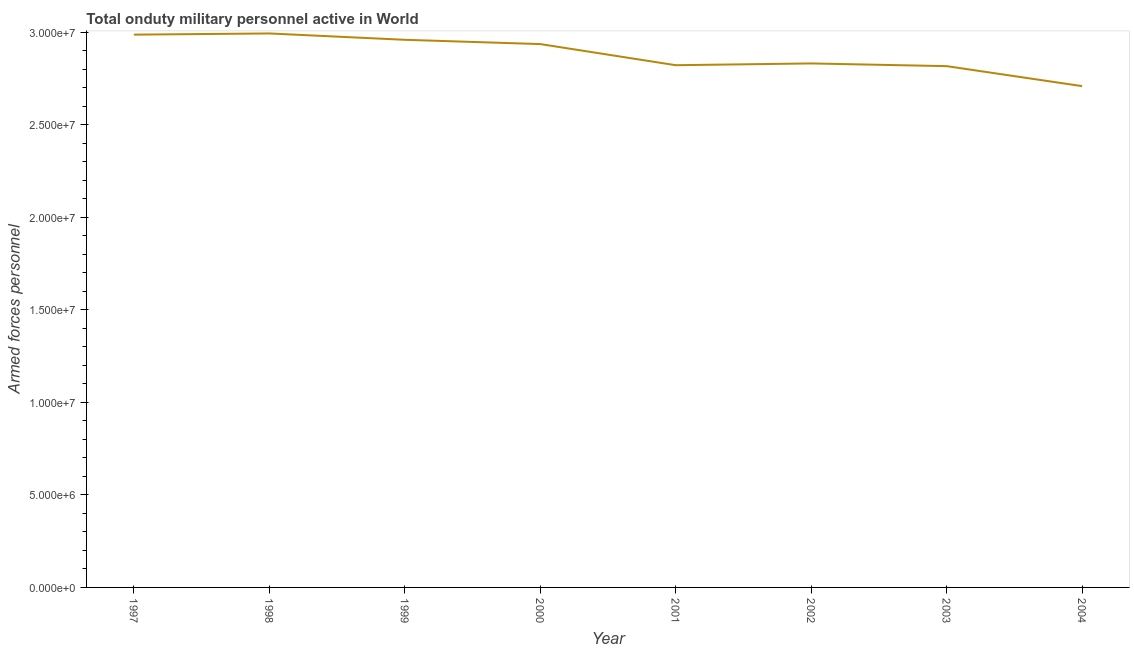
| Year | Armed forces personnel |
 | --- | --- |
 | 1997 | 2.99e+07 |
 | 1998 | 2.99e+07 |
 | 1999 | 2.96e+07 |
 | 2000 | 2.94e+07 |
 | 2001 | 2.82e+07 |
 | 2002 | 2.83e+07 |
 | 2003 | 2.82e+07 |
 | 2004 | 2.71e+07 |